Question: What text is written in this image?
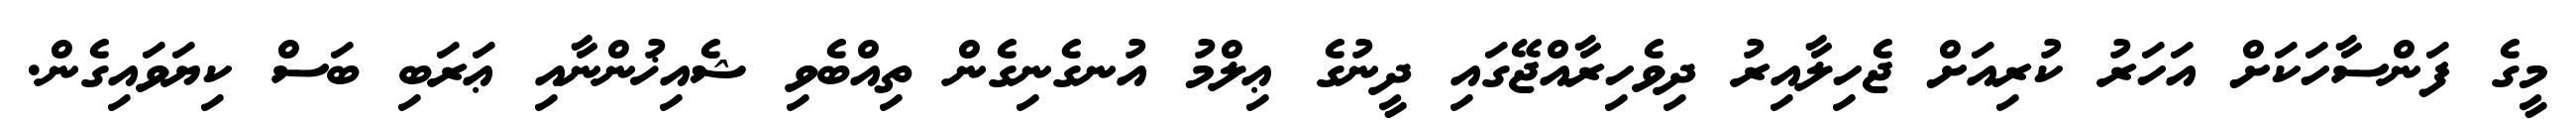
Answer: މީގެ ފަންސާހަކަށް އަހަރު ކުރިއަށް ޖެހިލާއިރު ދިވެހިރާއްޖޭގައި ދީނުގެ ޢިލްމު އުނގެނިގެން ތިއްބެވި ޝެއިޚުންނާއި ޢަރަބި ބަސް ކިޔަވައިގެން.